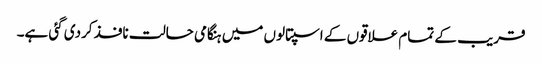
قریب کے تمام علاقوں کے اسپتالوں میں ہنگامی حالت نافذ کردی گئی ہے۔